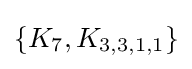
\{K_{7},K_{3,3,1,1}\}